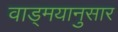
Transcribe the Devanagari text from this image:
वाड्मयानुसार